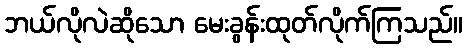
ဘယ်လိုလဲဆိုသော မေးခွန်းထုတ်လိုက်ကြသည်။